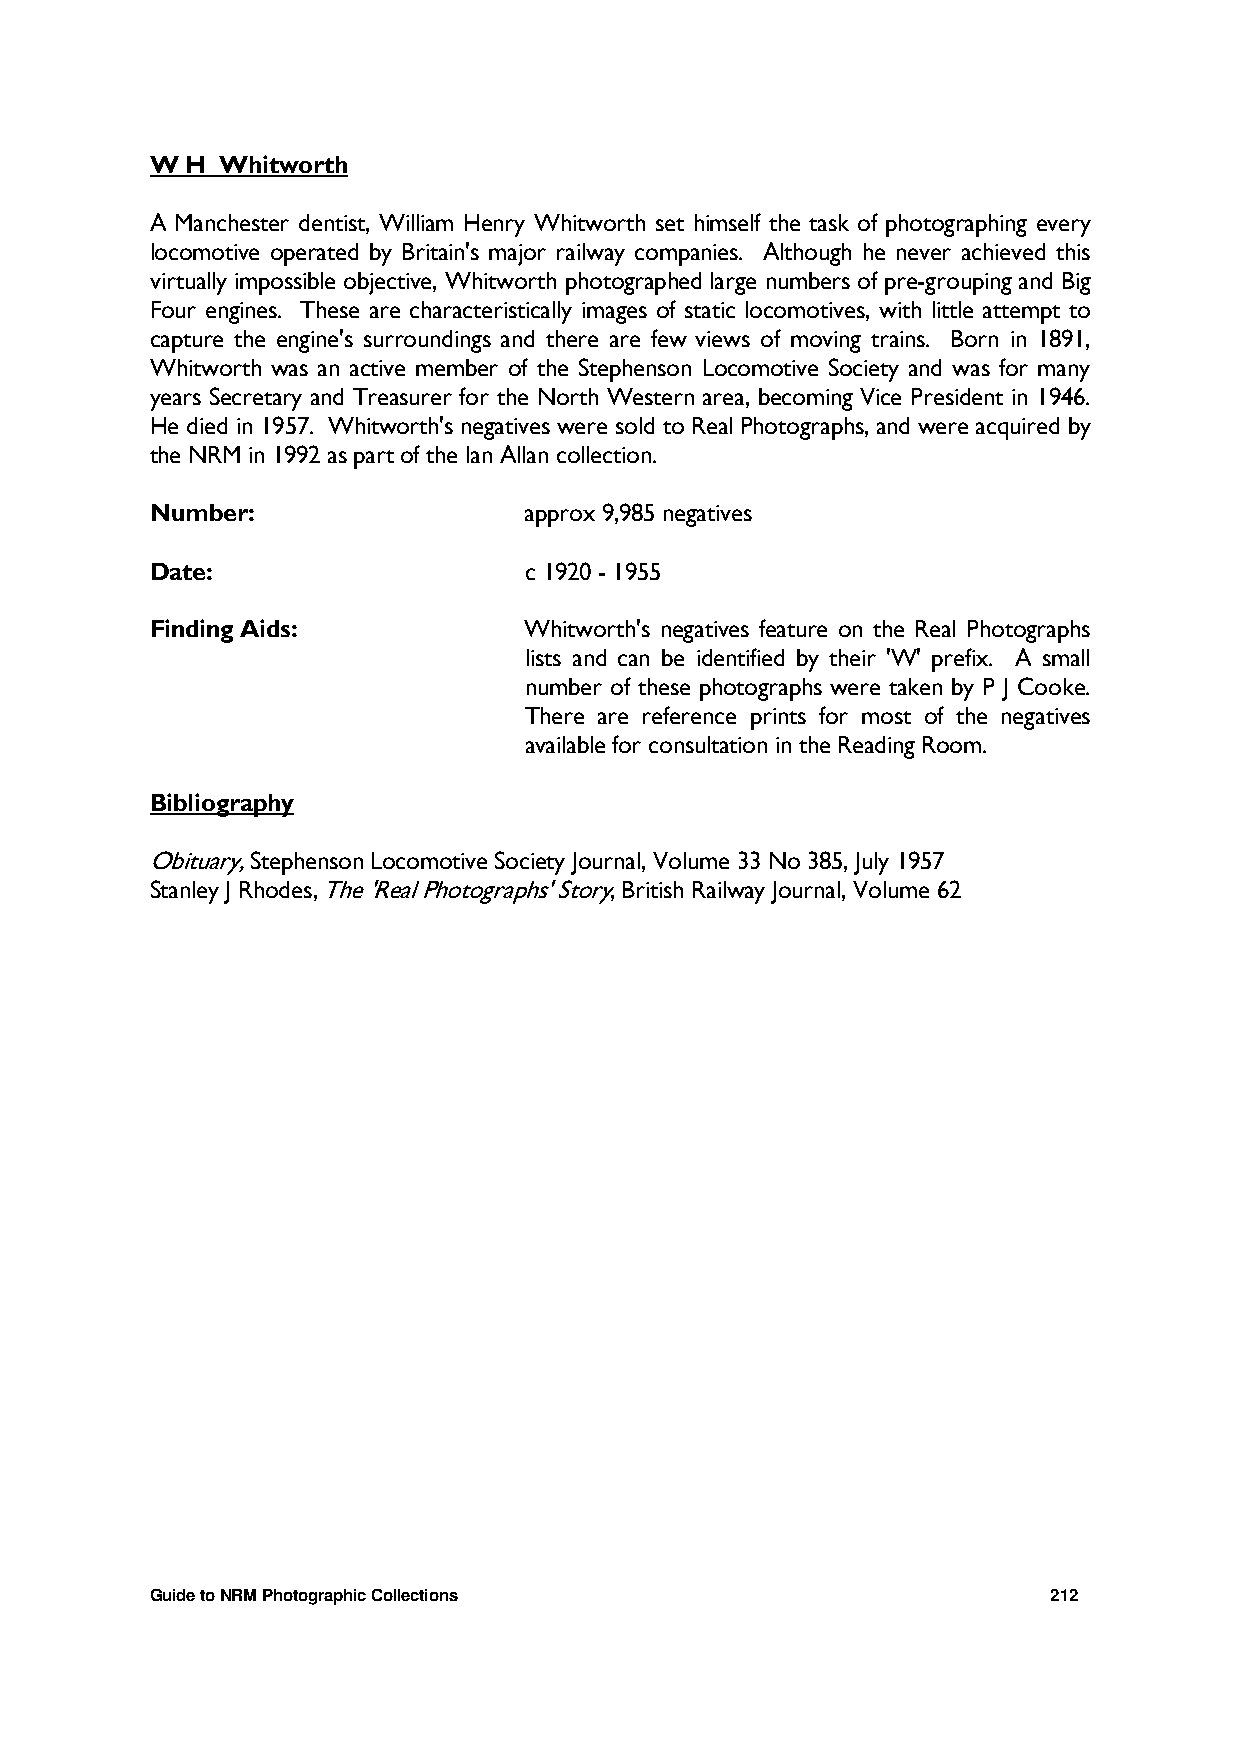
W H  Whitworth
 A Manchester dentist, William Henry Whitworth set himself the task of photographing every
 locomotive operated by Britain's major railway companies. Although he never achieved this
 virtually impossible objective, Whitworth photographed large numbers of pre-grouping and Big
 Four engines. These are characteristically images of static locomotives, with little attempt to
 capture the engine's surroundings and there are few views of moving trains. Born in 1891,
 Whitworth was an active member of the Stephenson Locomotive Society and was for many
 years Secretary and Treasurer for the North Western area, becoming Vice President in 1946.
 He died in 1957. Whitworth's negatives were sold to Real Photographs, and were acquired by
 the NRM in 1992 as part of the Ian Allan collection.
 Number:                  approx 9,985 negatives
 Date:                    c 1920 - 1955
 Finding Aids:            Whitworth's negatives feature on the Real Photographs
 lists and can be identified by their 'W' prefix. A small
 number of these photographs were taken by P J Cooke.
 There are reference prints for most of the negatives
 available for consultation in the Reading Room.
 Bibliography
 Obituary, Stephenson Locomotive Society Journal, Volume 33 No 385, July 1957
 Stanley J Rhodes, The 'Real Photographs' Story, British Railway Journal, Volume 62
 Guide to NRM Photographic Collections                       212